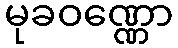
မုခဝဏ္ဏော